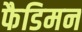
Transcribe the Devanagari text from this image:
फैडिमन